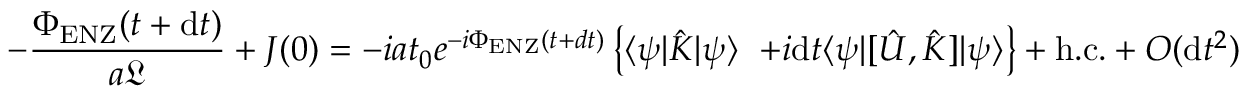
- \frac { \Phi _ { \mathrm { E N Z } } ( t + \mathrm { d } t ) } { a \mathfrak { L } } + J ( 0 ) = - i a t _ { 0 } e ^ { - i \Phi _ { \mathrm { E N Z } } ( t + d t ) } \left\{ \langle \psi | \hat { K } | \psi \rangle \right. \, \left. + i \mathrm { d } t \langle \psi | [ \hat { U } , \hat { K } ] | \psi \rangle \right\} + \mathrm { h . c . } + O ( \mathrm { d } t ^ { 2 } )